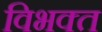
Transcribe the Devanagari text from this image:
विभक्‍त